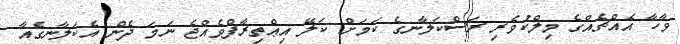
ވާހާ އެއްޗެއްގެ މިލްކުވެރި ރަސްކަލާނގެ ކަމަށް ކަލޭ އިޢްތިރާފްވެއްޖެ ނަމަ ދެން އެކަލާނގެއާ